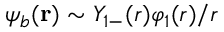
\psi _ { b } ( \mathbf { r } ) \sim Y _ { 1 - } ( r ) \varphi _ { 1 } ( r ) / r